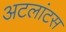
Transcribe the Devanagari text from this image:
अटलांटस